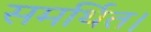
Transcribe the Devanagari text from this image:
समर्थित।